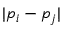
| p _ { i } - p _ { j } |